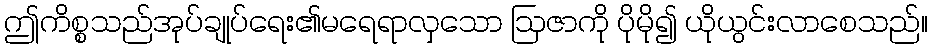
ဤကိစ္စသည်အုပ်ချုပ်ရေး၏မရေရာလှသော ဩဇာကို ပိုမို၍ ယိုယွင်းလာစေသည်။